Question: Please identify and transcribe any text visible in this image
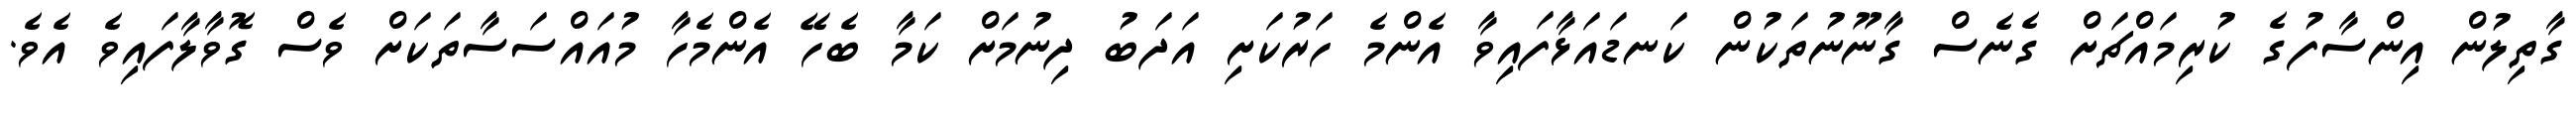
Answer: ގާތިލުން އިންސާފުގެ ކުރިމައްޗަށް ގެނެސް ގާނޫނުތަކުން ކަނޑައަޅާފައިވާ އެންމެ ހަރުކަށި އަދަބު ދިނުމަށް ކަމާ ބެހޭ އެންމެހާ މުއައްސަސާތަކަށް ވެސް ގޮވާލާފައިވެ އެވެ.